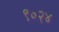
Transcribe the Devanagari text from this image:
९०२४